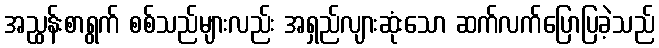
အညွှန်းစာရွက် စစ်သည်များလည်း အရှည်လျားဆုံးသော ဆက်လက်ပြောပြခဲ့သည်